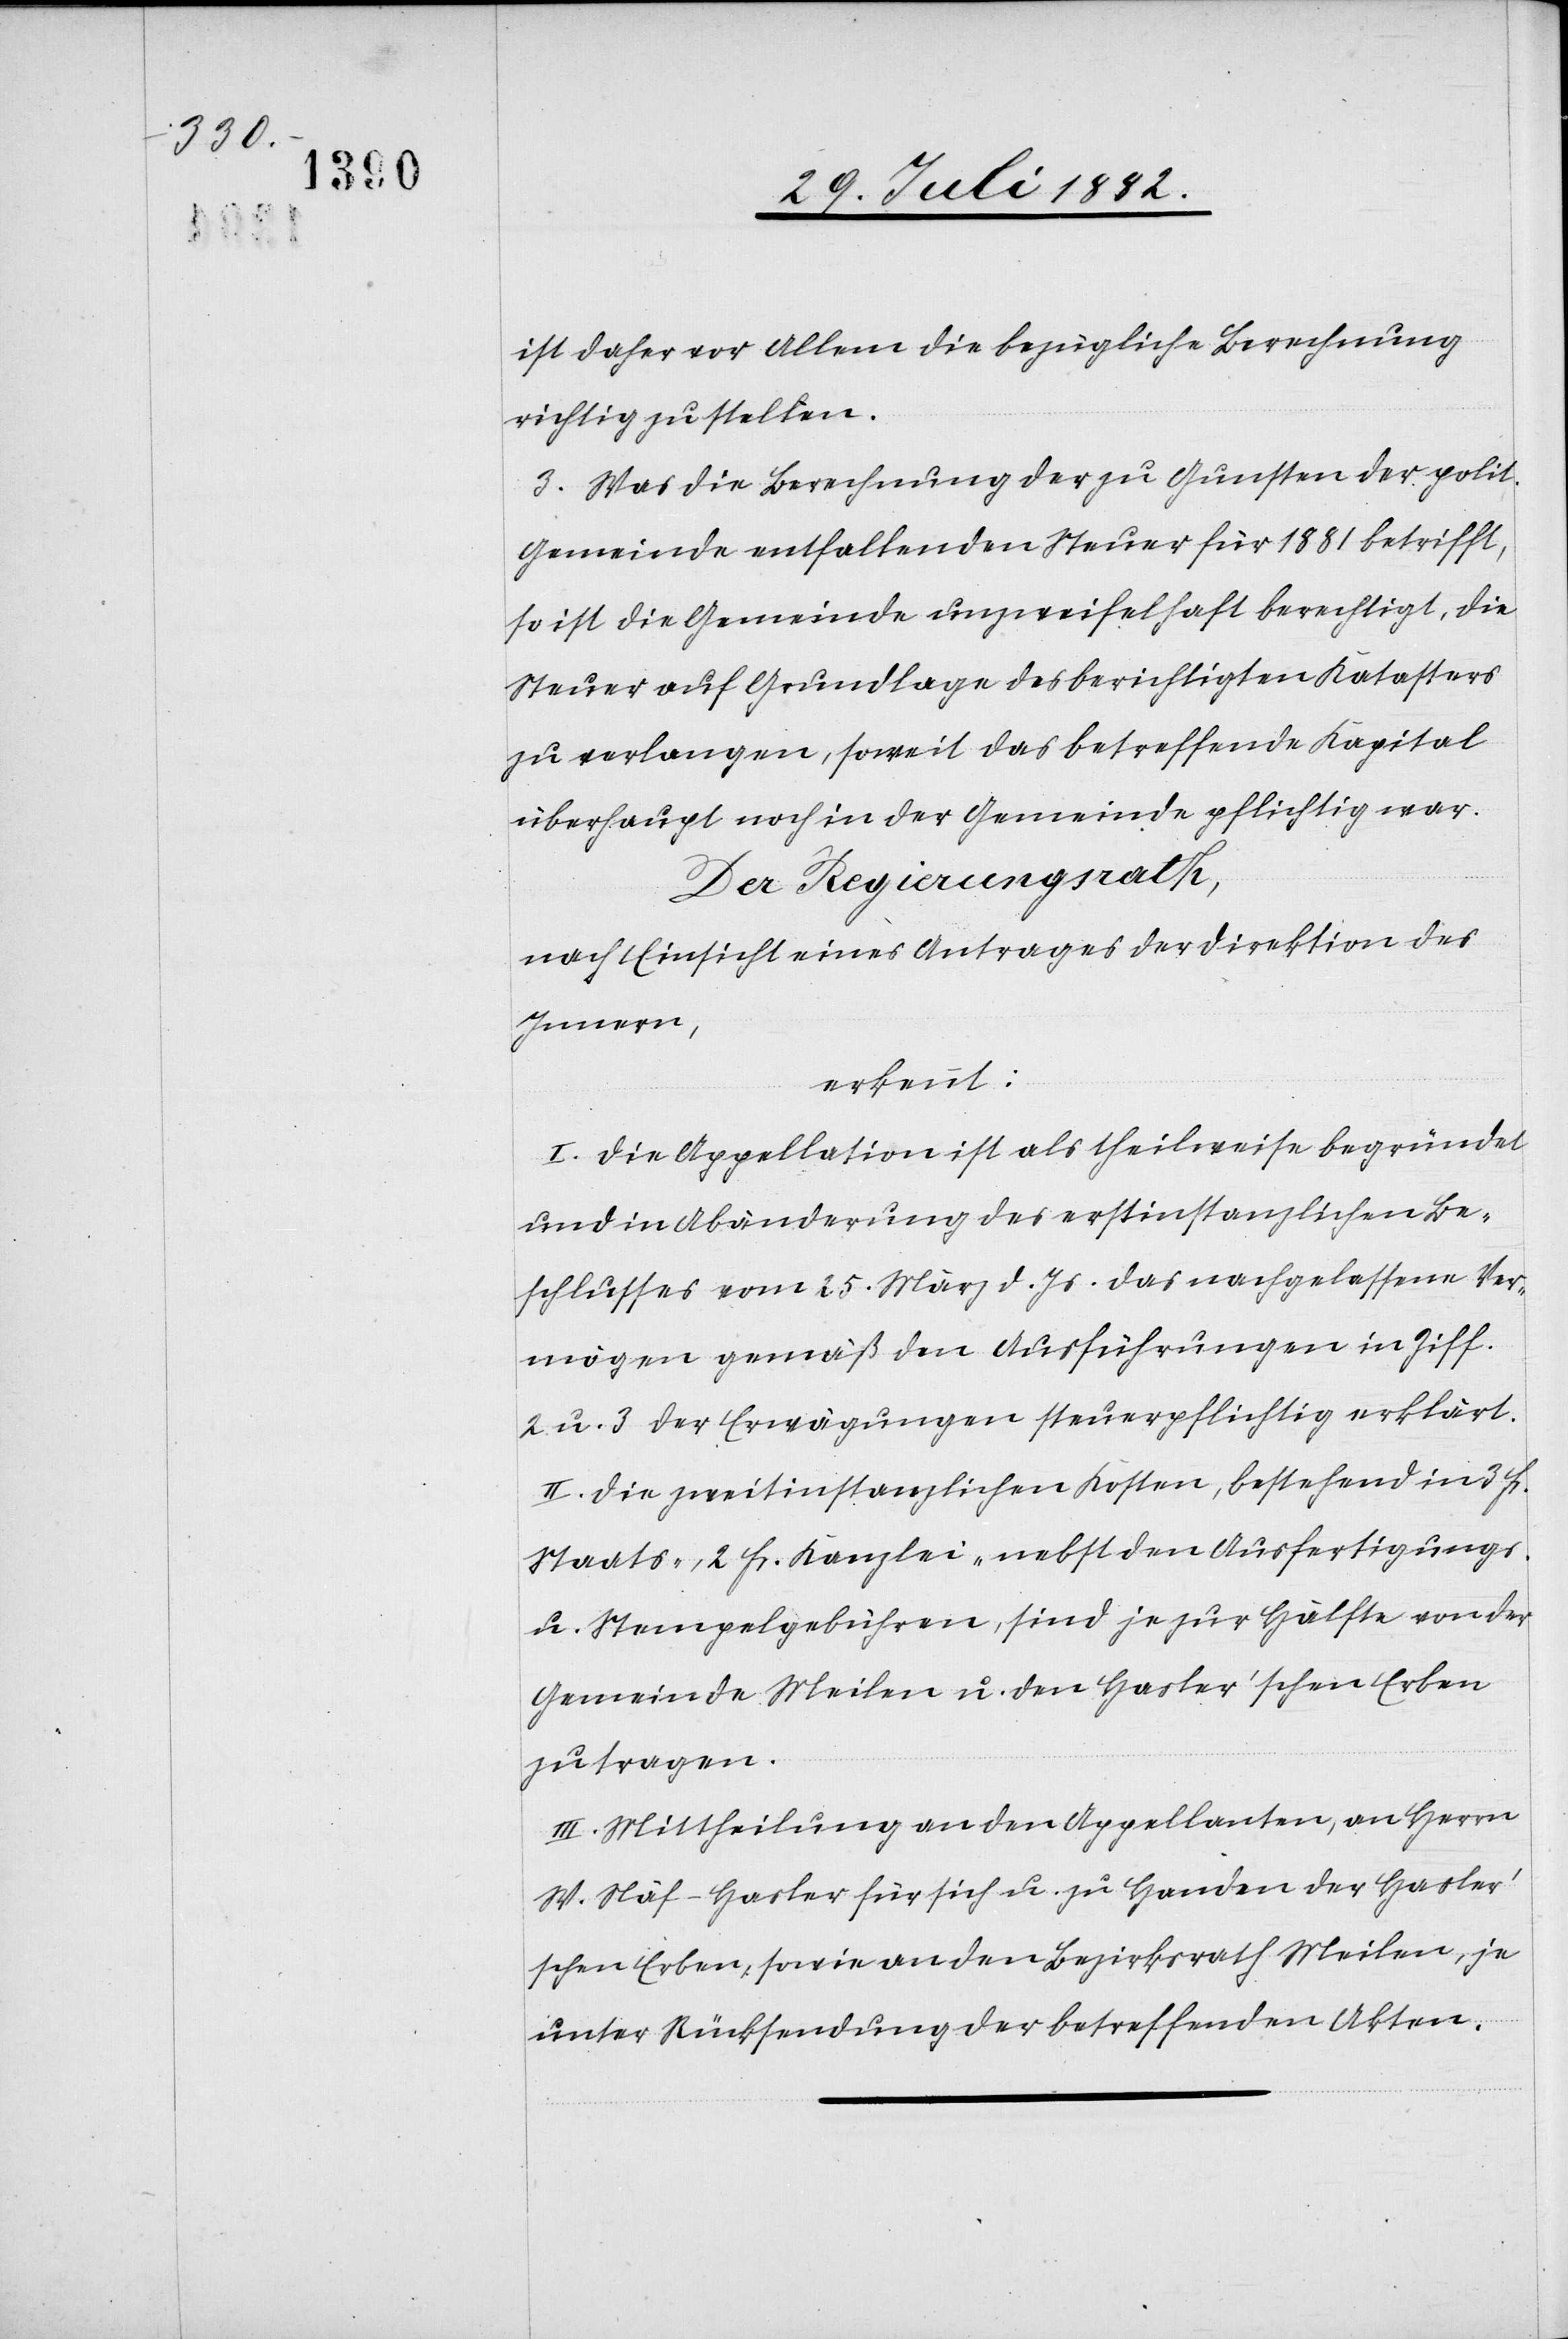
ist daher vor Allem die bezügliche Berechnung
richtig zu stellen.
3. Was die Berechnung der zu Gunsten der polit.
Gemeinde entfallenden Steuer für 1881 betrifft,
so ist die Gemeinde unzweifelhaft berechtigt, die
Steuer auf Grundlage des berichtigten Katasters
zu verlangen, soweit das betreffende Kapital
überhaupt noch in der Gemeinde pflichtig war.
Der Regierungsrath,
nach Einsicht eines Antrages der Direktion des
Innern,
erkennt:
I. Die Appellation ist als theilweise begründet
und in Abänderung des erstinstanzlichen Be¬
schlusses vom 25. März d. Js. das nachgelassene Ver¬
mögen gemäß den Ausführungen in Ziff.
2 u. 3 der Erwägungen steuerpflichtig erklärt.
II. Die zweitinstanzlichen Kosten, bestehend in 3 Fr.
Staats-, 2 Fr. Kanzlei- nebst den Ausfertigungs-
u. Stempelgebühren, sind je zur Hälfte von der
Gemeinde Meilen u. den Hasler’schen Erben
zu tragen.
III. Mittheilung an den Appellanten, an Herrn
W. Näf-Hasler für sich u. zu Handen der Hasler’s¬
chen Erben, sowie an den Bezirksrath Meilen, je
unter Rücksendung der betreffenden Akten.